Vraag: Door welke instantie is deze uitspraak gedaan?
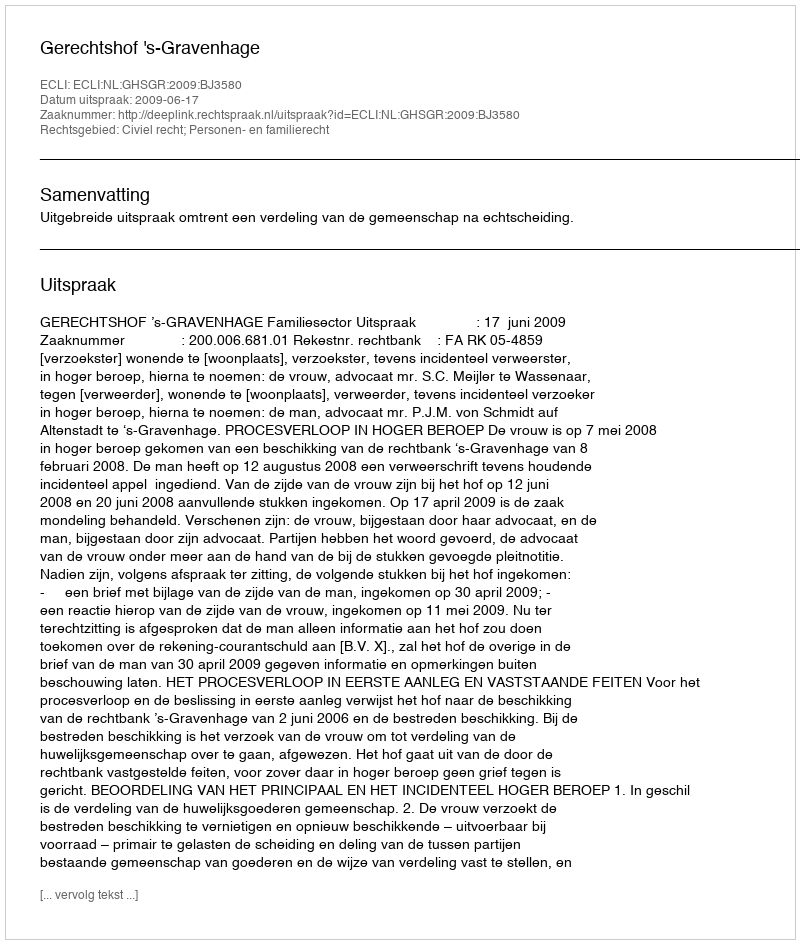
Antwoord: Gerechtshof 's-Gravenhage